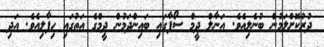
ދުރުކޮށްލަމުން ބުނެލިއެވެ. އަނާލް ދީމް ސޯފާގައި ބައިންދަމުން ދީމްގެ އަތުގައި ހިފާލިއެވެ. އަދި